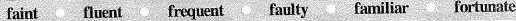
faint fluent frequent faulty familiar fortunate